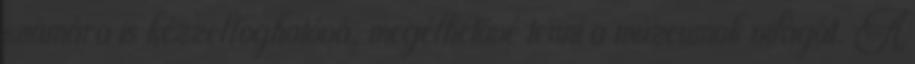
számára is kézzelfoghatóvá, megélhetővé tenni a múzeumok világát. A